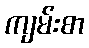
ကျမ်းစာ